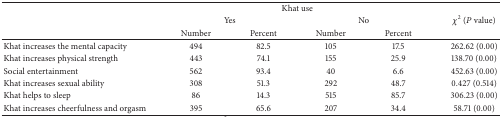
| <ROWSPAN=3>  | <COLSPAN=4> Khat use | <ROWSPAN=3> χ2 (P value) |
 | <COLSPAN=2> Yes | <COLSPAN=2> No |
 | Number | Percent | Number | Percent |
 | --- | --- | --- | --- | --- | --- |
 | Khat increases the mental capacity | 494 | 82.5 | 105 | 17.5 | 262.62 (0.00) |
 | Khat increases physical strength | 443 | 74.1 | 155 | 25.9 | 138.70 (0.00) |
 | Social entertainment | 562 | 93.4 | 40 | 6.6 | 452.63 (0.00) |
 | Khat increases sexual ability | 308 | 51.3 | 292 | 48.7 | 0.427 (0.514) |
 | Khat helps to sleep | 86 | 14.3 | 515 | 85.7 | 306.23 (0.00) |
 | Khat increases cheerfulness and orgasm | 395 | 65.6 | 207 | 34.4 | 58.71 (0.00) |